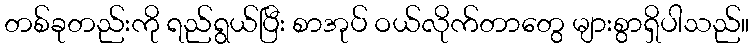
တစ်ခုတည်းကို ရည်ရွယ်ပြီး စာအုပ် ဝယ်လိုက်တာတွေ များစွာရှိပါသည်။